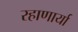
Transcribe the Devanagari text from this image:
रहाणार्या